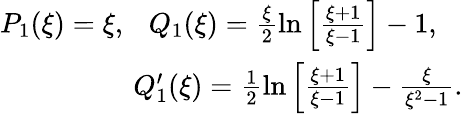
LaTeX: \begin{array}{r}{P_{1}(\xi)=\xi,~~~Q_{1}(\xi)=\frac{\xi}{2}\ln\left[\frac{\xi+1}{\xi-1}\right]-1,~~~}\\ {Q_{1}^{\prime}(\xi)=\frac{1}{2}\ln\left[\frac{\xi+1}{\xi-1}\right]-\frac{\xi}{\xi^{2}-1}.}\end{array}